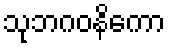
သုဘဂဝနိကော